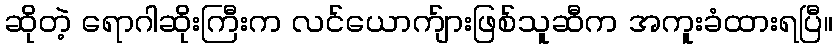
ဆိုတဲ့ ရောဂါဆိုးကြီးက လင်ယောက်ျားဖြစ်သူဆီက အကူးခံထားရပြီ။